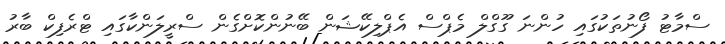
ސްމާޓު ފޯނުތަކުގައި ހުންނަ ގޫގްލް މެޕްސް އެޕްލިކޭޝަން ބޭނުންކޮށްގެން ސްރީލަންކާގައި ޓްރެފިކް ބާރު